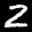
Label: 2